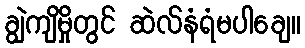
ချွဲကျိမှိုတွင် ဆဲလ်နံရံမပါချေ။